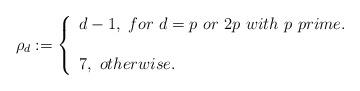
LaTeX: \begin{align*}\rho_d:=\left\{\begin{array}{l}d-1,~for~d=p~or~2p~with~p~prime.\\ \\ 7,~otherwise.\end{array}\right.\end{align*}